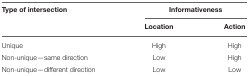
<table><thead><tr><td><b>Type of intersection</b></td><td colspan="2"><b>Informativeness</b></td></tr><tr><td></td><td><b>Location</b></td><td><b>Action</b></td></tr></thead><tbody><tr><td>Unique</td><td>High</td><td>High</td></tr><tr><td>Non-unique—same direction</td><td>Low</td><td>High</td></tr><tr><td>Non-unique—different direction</td><td>Low</td><td>Low</td></tr></tbody></table>